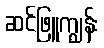
ဆင်ဖြူကျွန်း